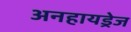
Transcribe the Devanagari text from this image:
अनहायड्रेज